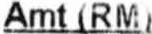
AMT (RM)